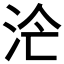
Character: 𣳁